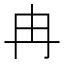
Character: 冉